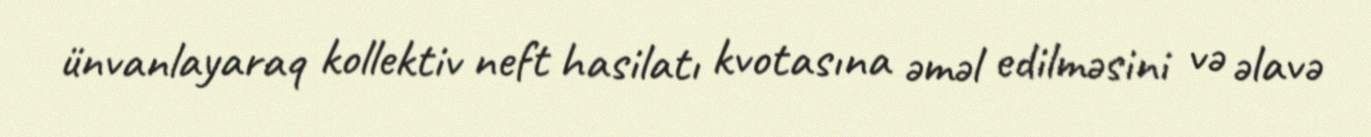
ünvanlayaraq kollektiv neft hasilatı kvotasına əməl edilməsini və əlavə